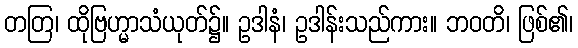
တတြ၊ ထိုဗြဟ္မာသံယုတ်၌။ ဥဒါနံ၊ ဥဒါန်းသည်ကား။ ဘဝတိ၊ ဖြစ်၏၊